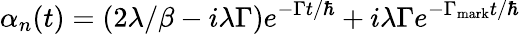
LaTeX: \alpha_{n}(t)=(2\lambda/\beta-i\lambda\Gamma)e^{-\Gamma t/\hbar}+i\lambda\Gamma e^{-\Gamma_{\mathrm{mark}}t/\hbar}